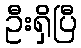
ဦးရှိပြီ